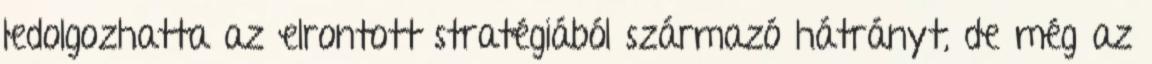
ledolgozhatta az elrontott stratégiából származó hátrányt, de még az